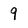
Character: 9